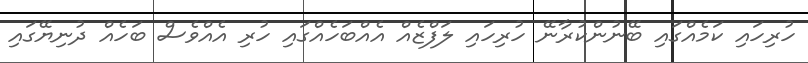
ހުރިހައި ކަމެއްގައި ބޭނުންކުރާނޭ ހުރިހައި ލަފްޒެއް އެއްބަހެއްގައި ހުރި އެއްވެސް ބަހެއް ދުނިޔޭގައި